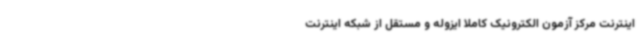
اینترنت مرکز آزمون الکترونیک کاملا ایزوله و مستقل از شبکه اینترنت